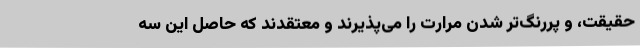
حقیقت، و پررنگ‌تر شدن مرارت را می‌پذیرند و معتقدند که حاصل این سه